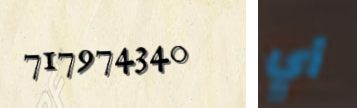
717974340 أي